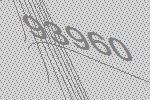
93960